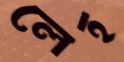
লেহ